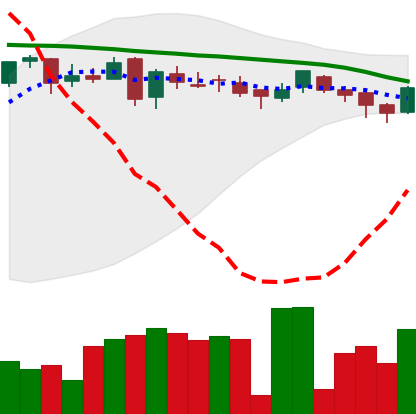
Ticker: DOGE-USD
Chart end date: 2018-05-08
Forward return: -18.367%
Label: down_7plus